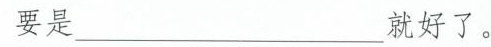
要是___就好了。